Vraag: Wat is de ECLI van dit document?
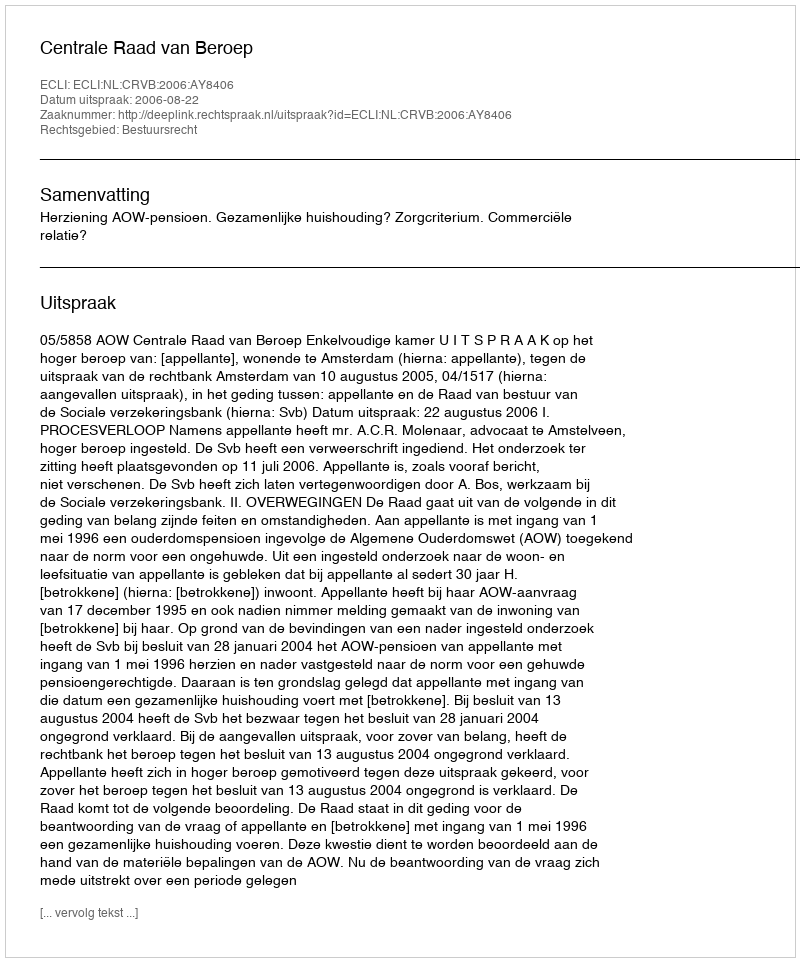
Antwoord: ECLI:NL:CRVB:2006:AY8406